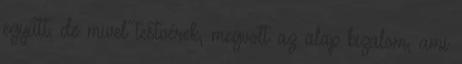
együtt, de mivel testvérek, megvolt az alap bizalom, ami